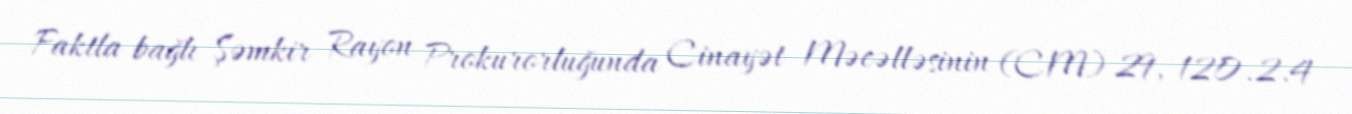
Faktla bağlı Şəmkir Rayon Prokurorluğunda Cinayət Məcəlləsinin (CM) 29, 120.2.4